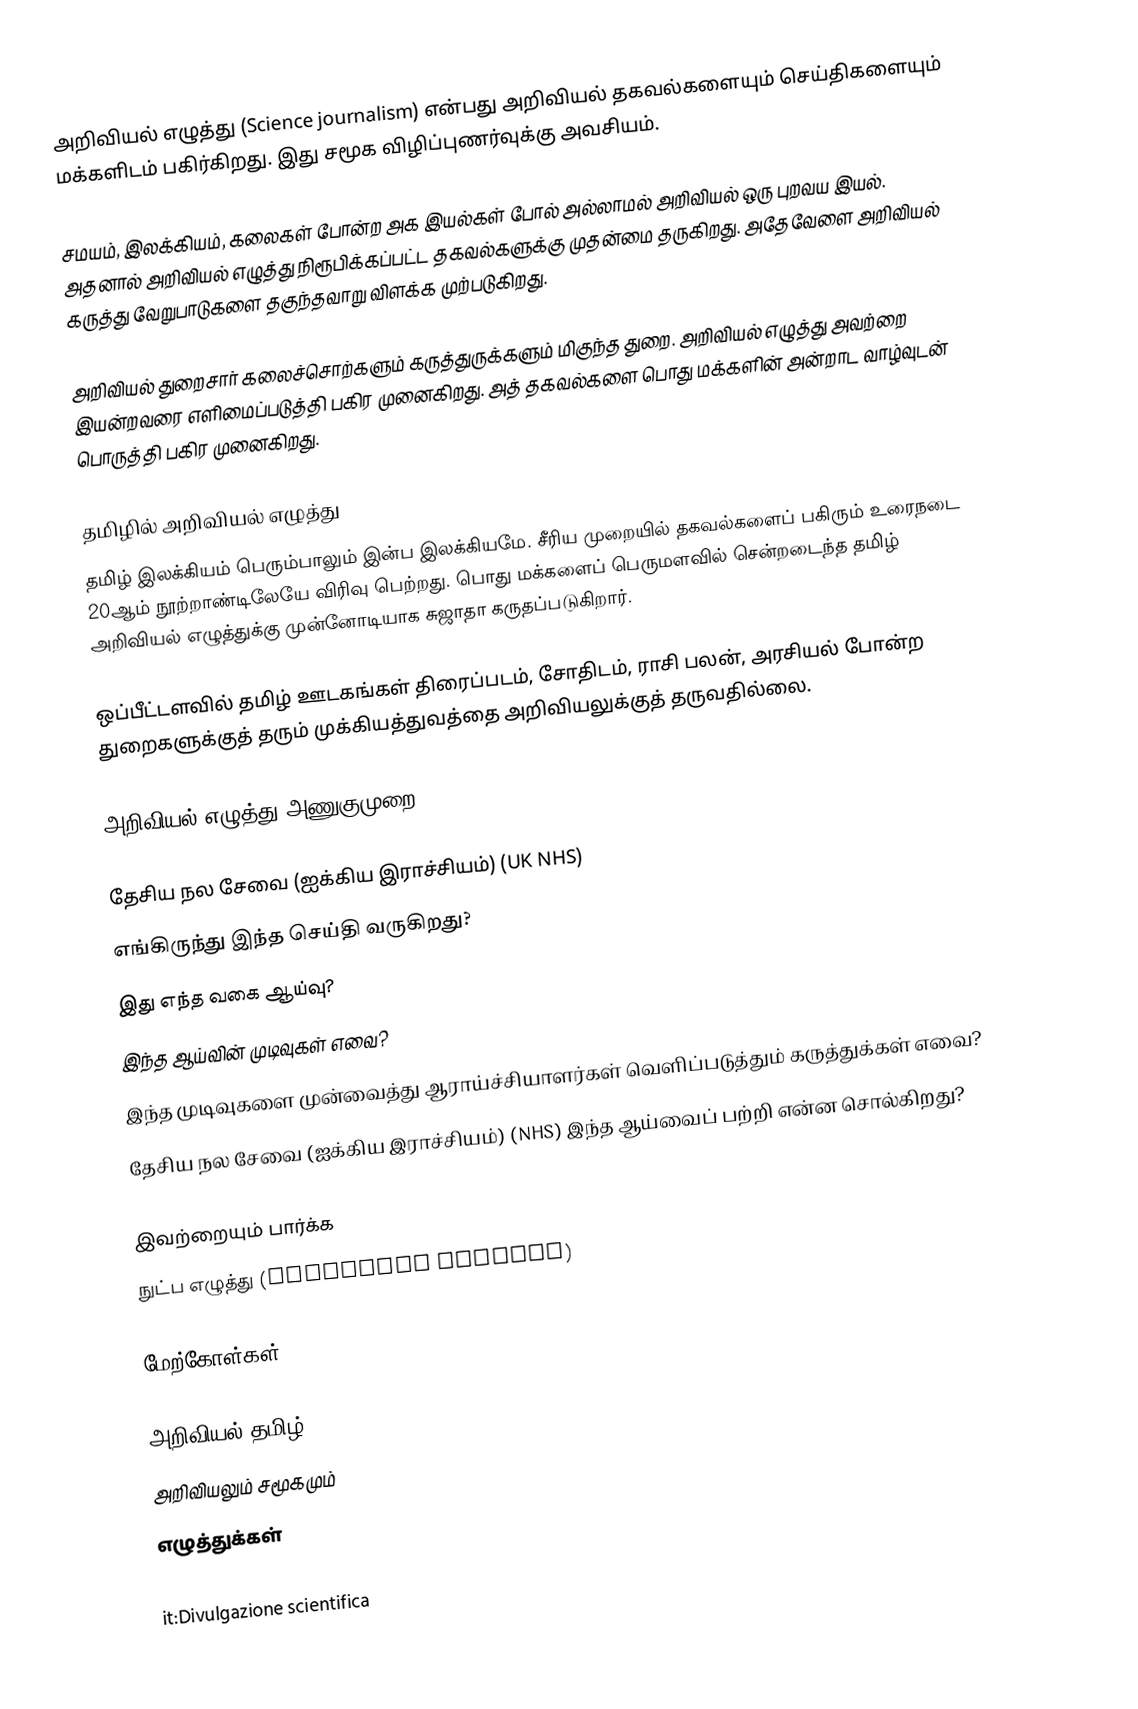
அறிவியல் எழுத்து (Science journalism) என்பது அறிவியல் தகவல்களையும் செய்திகளையும் மக்களிடம் பகிர்கிறது. இது சமூக விழிப்புணர்வுக்கு அவசியம்.

சமயம், இலக்கியம், கலைகள் போன்ற அக இயல்கள் போல் அல்லாமல் அறிவியல் ஒரு புறவய இயல். அதனால் அறிவியல் எழுத்து நிரூபிக்கப்பட்ட தகவல்களுக்கு முதன்மை தருகிறது. அதேவேளை அறிவியல் கருத்து வேறுபாடுகளை தகுந்தவாறு விளக்க முற்படுகிறது.

அறிவியல் துறைசார் கலைச்சொற்களும் கருத்துருக்களும் மிகுந்த துறை. அறிவியல் எழுத்து அவற்றை இயன்றவரை எளிமைப்படுத்தி பகிர முனைகிறது. அத் தகவல்களை பொது மக்களின் அன்றாட வாழ்வுடன் பொருத்தி பகிர முனைகிறது.

தமிழில் அறிவியல் எழுத்து
தமிழ் இலக்கியம் பெரும்பாலும் இன்ப இலக்கியமே. சீரிய முறையில் தகவல்களைப் பகிரும் உரைநடை 20ஆம் நூற்றாண்டிலேயே விரிவு பெற்றது. பொது மக்களைப் பெருமளவில் சென்றடைந்த தமிழ் அறிவியல் எழுத்துக்கு முன்னோடியாக சுஜாதா கருதப்படுகிறார்.

ஒப்பீட்டளவில் தமிழ் ஊடகங்கள் திரைப்படம், சோதிடம், ராசி பலன், அரசியல் போன்ற துறைகளுக்குத் தரும் முக்கியத்துவத்தை அறிவியலுக்குத் தருவதில்லை.

அறிவியல் எழுத்து அணுகுமுறை

தேசிய நல சேவை (ஐக்கிய இராச்சியம்) (UK NHS)
 எங்கிருந்து இந்த செய்தி வருகிறது?
 இது எந்த வகை ஆய்வு?
 இந்த ஆய்வின் முடிவுகள் எவை?
 இந்த முடிவுகளை முன்வைத்து ஆராய்ச்சியாளர்கள் வெளிப்படுத்தும் கருத்துக்கள் எவை?
 தேசிய நல சேவை (ஐக்கிய இராச்சியம்) (NHS) இந்த ஆய்வைப் பற்றி என்ன சொல்கிறது?

இவற்றையும் பார்க்க
 நுட்ப எழுத்து (Technical writing)

மேற்கோள்கள்

அறிவியல் தமிழ்
அறிவியலும் சமூகமும்
எழுத்துக்கள்

it:Divulgazione scientifica